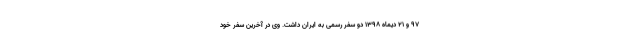
۹۷ و ۲۱ دیماه ۱۳۹۸ دو سفر رسمی به ایران داشت. وی در آخرین سفر خود